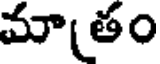
మాతం